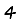
Digit: 4